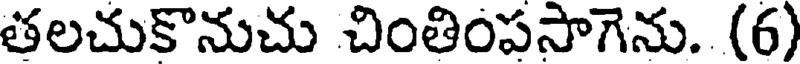
తలచుకొనుచు చింతింపసాగెను. (6)